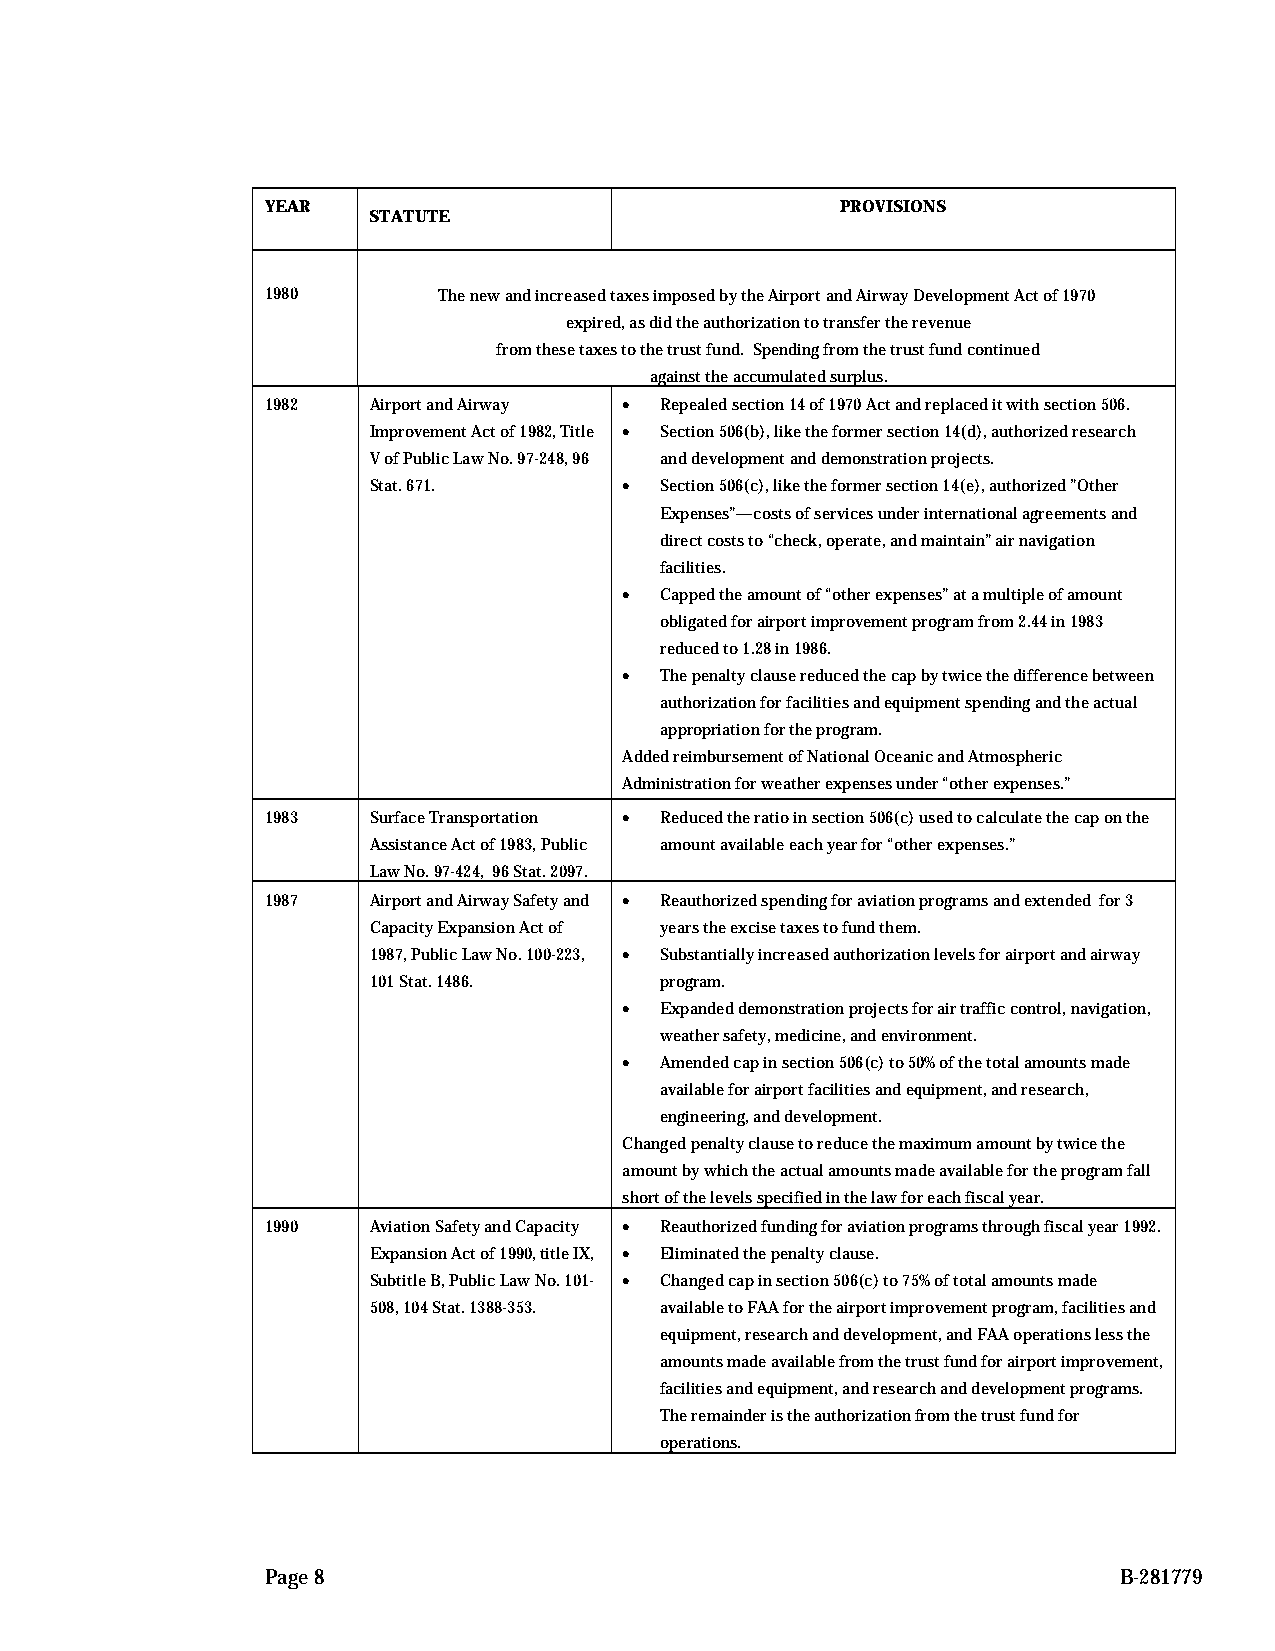
YEAR                                  PROVISIONS
 STATUTE
 1980       The new and increased taxes imposed by the Airport and Airway Development Act of 1970
 expired, as did the authorization to transfer the revenue
 from these taxes to the trust fund. Spending from the trust fund continued
 against the accumulated surplus.
 1982  Airport and Airway • Repealed section 14 of 1970 Act and replaced it with section 506.
 Improvement Act of 1982, Title • Section 506(b), like the former section 14(d), authorized research
 V of Public Law No. 97-248, 96 and development and demonstration projects.
 Stat. 671.       •  Section 506(c), like the former section 14(e), authorized ”Other
 Expenses”—costs of services under international agreements and
 direct costs to “check, operate, and maintain” air navigation
 facilities.
 •  Capped the amount of “other expenses” at a multiple of amount
 obligated for airport improvement program from 2.44 in 1983
 reduced to 1.28 in 1986.
 •  The penalty clause reduced the cap by twice the difference between
 authorization for facilities and equipment spending and the actual
 appropriation for the program.
 Added reimbursement of National Oceanic and Atmospheric
 Administration for weather expenses under “other expenses.”
 1983  Surface Transportation • Reduced the ratio in section 506(c) used to calculate the cap on the
 Assistance Act of 1983, Public amount available each year for “other expenses.”
 Law No. 97-424, 96 Stat. 2097.
 1987  Airport and Airway Safety and • Reauthorized spending for aviation programs and extended for 3
 Capacity Expansion Act of years the excise taxes to fund them.
 1987, Public Law No. 100-223, • Substantially increased authorization levels for airport and airway
 101 Stat. 1486.     program.
 •  Expanded demonstration projects for air traffic control, navigation,
 weather safety, medicine, and environment.
 •  Amended cap in section 506(c) to 50% of the total amounts made
 available for airport facilities and equipment, and research,
 engineering, and development.
 Changed penalty clause to reduce the maximum amount by twice the
 amount by which the actual amounts made available for the program fall
 short of the levels specified in the law for each fiscal year.
 1990  Aviation Safety and Capacity • Reauthorized funding for aviation programs through fiscal year 1992.
 Expansion Act of 1990, title IX, • Eliminated the penalty clause.
 Subtitle B, Public Law No. 101- • Changed cap in section 506(c) to 75% of total amounts made
 508, 104 Stat. 1388-353. available to FAA for the airport improvement program, facilities and
 equipment, research and development, and FAA operations less the
 amounts made available from the trust fund for airport improvement,
 facilities and equipment, and research and development programs.
 The remainder is the authorization from the trust fund for
 operations.
 Page 8                                                  B-281779